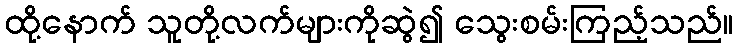
ထို့နောက် သူတို့လက်များကိုဆွဲ၍ သွေးစမ်းကြည့်သည်။